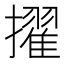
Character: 擢